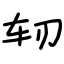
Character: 轫